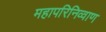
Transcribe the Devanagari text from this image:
महापरिनिव्वाण